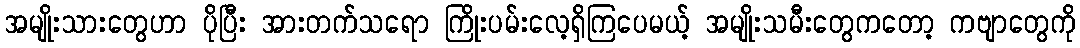
အမျိုးသားတွေဟာ ပိုပြီး အားတက်သရော ကြိုးပမ်းလေ့ရှိကြပေမယ့် အမျိုးသမီးတွေကတော့ ကဗျာတွေကို